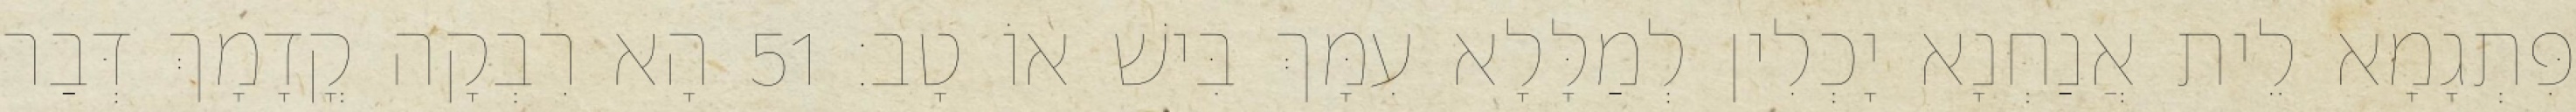
פִּתְגָמָא לֵית אֲנַחְנָא יָכְלִין לְמַלָּלָא עִמָּךְ בִּישׁ אוֹ טָב׃ 51 הָא רִבְקָה קֳדָמָךְ דְּבַר